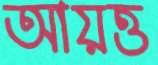
আয়ত্ত